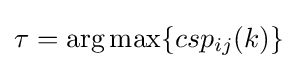
{\tau }=\operatorname {arg} \max\{csp_{ij}(k)\}